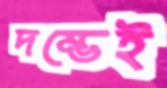
দম্ভেই